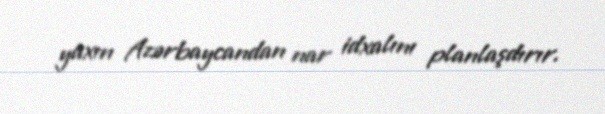
yaxın Azərbaycandan nar idxalını planlaşdırır.